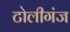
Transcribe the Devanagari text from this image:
टोलीगंज